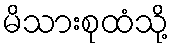
မိသားစုထံသို့